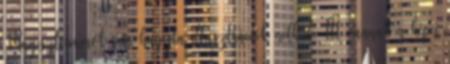
Magisztériumot sem hagyta illusztrációk nélkül. Itt vannak a képei